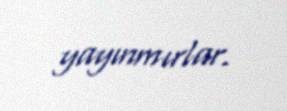
yayınmırlar.